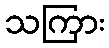
သကြား